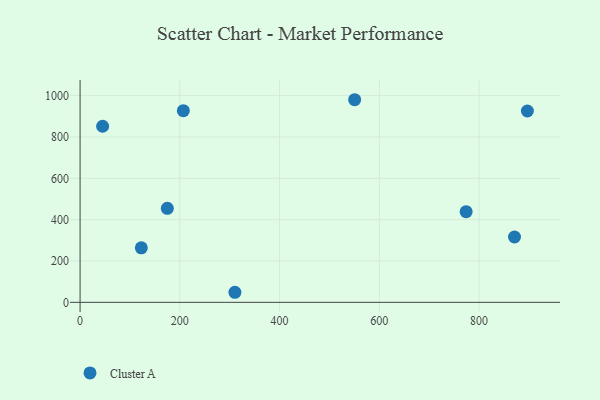
{"axis": {"x": "Price", "y": "Fuel Efficiency"}, "legend": ["Cluster A"], "data": [{"x": "310.4", "y": 48.7, "type": "Cluster A"}, {"x": "896.8", "y": 925.7, "type": "Cluster A"}, {"x": "45.2", "y": 852.0, "type": "Cluster A"}, {"x": "550.5", "y": 980.2, "type": "Cluster A"}, {"x": "871.0", "y": 316.2, "type": "Cluster A"}, {"x": "122.8", "y": 263.5, "type": "Cluster A"}, {"x": "174.9", "y": 455.0, "type": "Cluster A"}, {"x": "774.0", "y": 438.7, "type": "Cluster A"}, {"x": "207.0", "y": 927.1, "type": "Cluster A"}]}